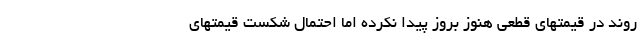
روند در قیمتهای قطعی هنوز بروز پیدا نکرده اما احتمال شکست قیمتهای